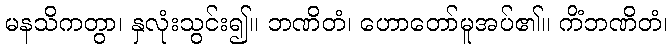
မနသိကတွာ၊ နှလုံးသွင်း၍။ ဘဏိတံ၊ ဟောတော်မူအပ်၏။ ကိံဘဏိတံ၊